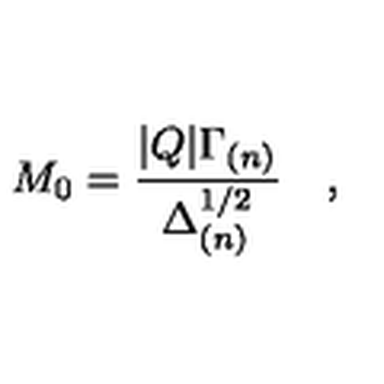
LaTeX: M _ { 0 } = \frac { | Q | \Gamma _ { ( n ) } } { \Delta _ { ( n ) } ^ { 1 / 2 } } \quad ,